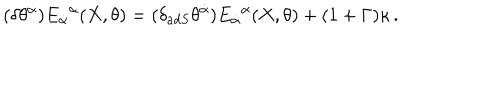
( \delta \theta ^ { \dot { \alpha } } ) E _ { \dot { \alpha } } { } ^ { \alpha } ( X , \theta ) = ( \delta _ { a d S } \theta ^ { \dot { \alpha } } ) E _ { \dot { \alpha } } { } ^ { \alpha } ( X , \theta ) + ( 1 + \Gamma ) \kappa \, .